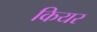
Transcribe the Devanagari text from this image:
कियर